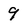
Character: 9